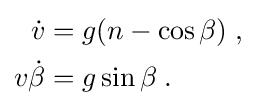
{\begin{aligned}{\dot {v}}&=g(n-\cos {\beta })\;,\\v{\dot {\beta }}&=g\sin {\beta }\;.\\\end{aligned}}